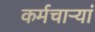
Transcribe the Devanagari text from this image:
कर्मचाऱ्यां